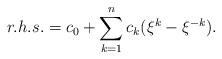
LaTeX: \begin{align*}r.h.s. = c_0 + \sum \limits_{k=1}^{n} c_{k} (\xi^{k}- \xi^{-k}).\end{align*}